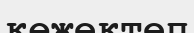
көжектеп